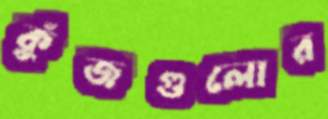
কুঁজগুলোর